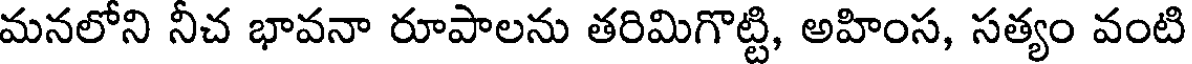
మనలోని నీచ భావనా రూపాలను తరిమిగొట్టి, అహింస, సత్యం వంటి